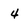
Character: 4